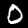
Digit: 0